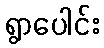
ရွာပေါင်း